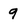
Character: 9